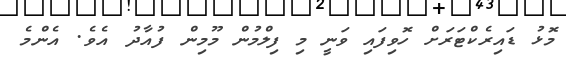
މޮޅު ޑައިރެކްޓަރަށް ހޮވިފައި ވަނީ މި ފިލްމުން މޫމިން ފުއާދު އެވެ. އެންމެ